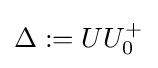
\Delta :=UU_{0}^{+}